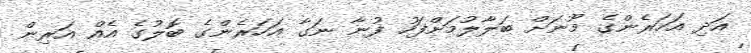
އަދި އަހަރެންގެ މޫނަށް ބަލާލުމަށްފަހު ފުނާ ނަގާ އަހަރެންގެ ބޮލުގެ އެއް އަރިން